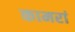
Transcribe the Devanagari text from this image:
कामरां